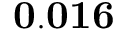
\mathbf { 0 . 0 1 6 }